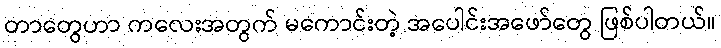
တာတွေဟာ ကလေးအတွက် မကောင်းတဲ့ အပေါင်းအဖော်တွေ ဖြစ်ပါတယ်။